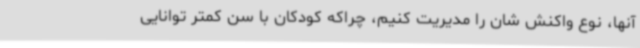
آنها، نوع واکنش شان را مدیریت کنیم، چراکه کودکان با سن کمتر توانایی